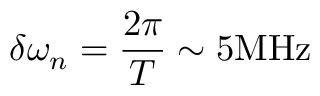
\delta \omega _ { n } = \frac { 2 \pi } { T } \sim 5 \mathrm { M H z }